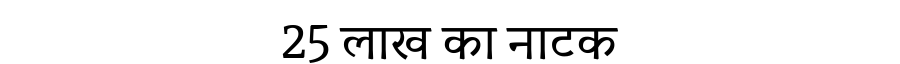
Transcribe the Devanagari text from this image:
25 लाख का नाटक